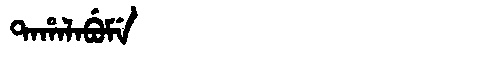
Manchu: ᡨᠠᡥᠠᠯᠠᠪᡠᠮᡝ
Romanization: TAHALABUME